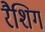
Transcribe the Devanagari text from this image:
रैशिग